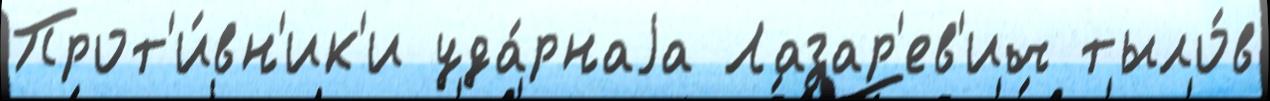
Прот'и́вн'ик'и уда́рнаjа Лазар'ев'ич тыло́в